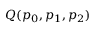
Q ( p _ { 0 } , p _ { 1 } , p _ { 2 } )